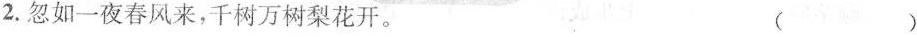
2.忽如一夜春风来，千树万树梨花开。 ( )